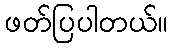
ဖတ်ပြပါတယ်။